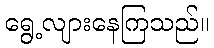
ရွေ့လျားနေကြသည်။